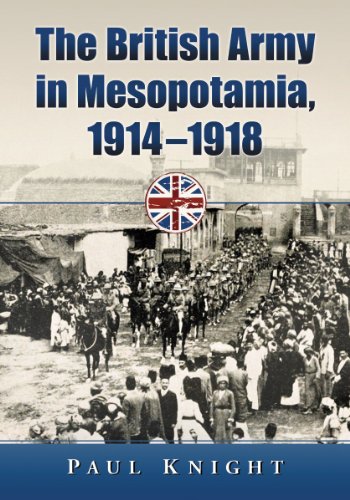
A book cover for The British Army in Mesopotamia, 1914-1918; Paul Knight; History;